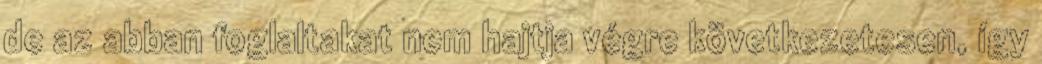
de az abban foglaltakat nem hajtja végre következetesen, így